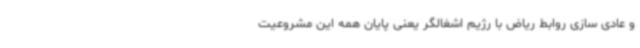
و عادی سازی روابط ریاض با رژیم اشغالگر یعنی پایان همه این مشروعیت